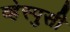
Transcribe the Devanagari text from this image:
व्हेस्पुसी